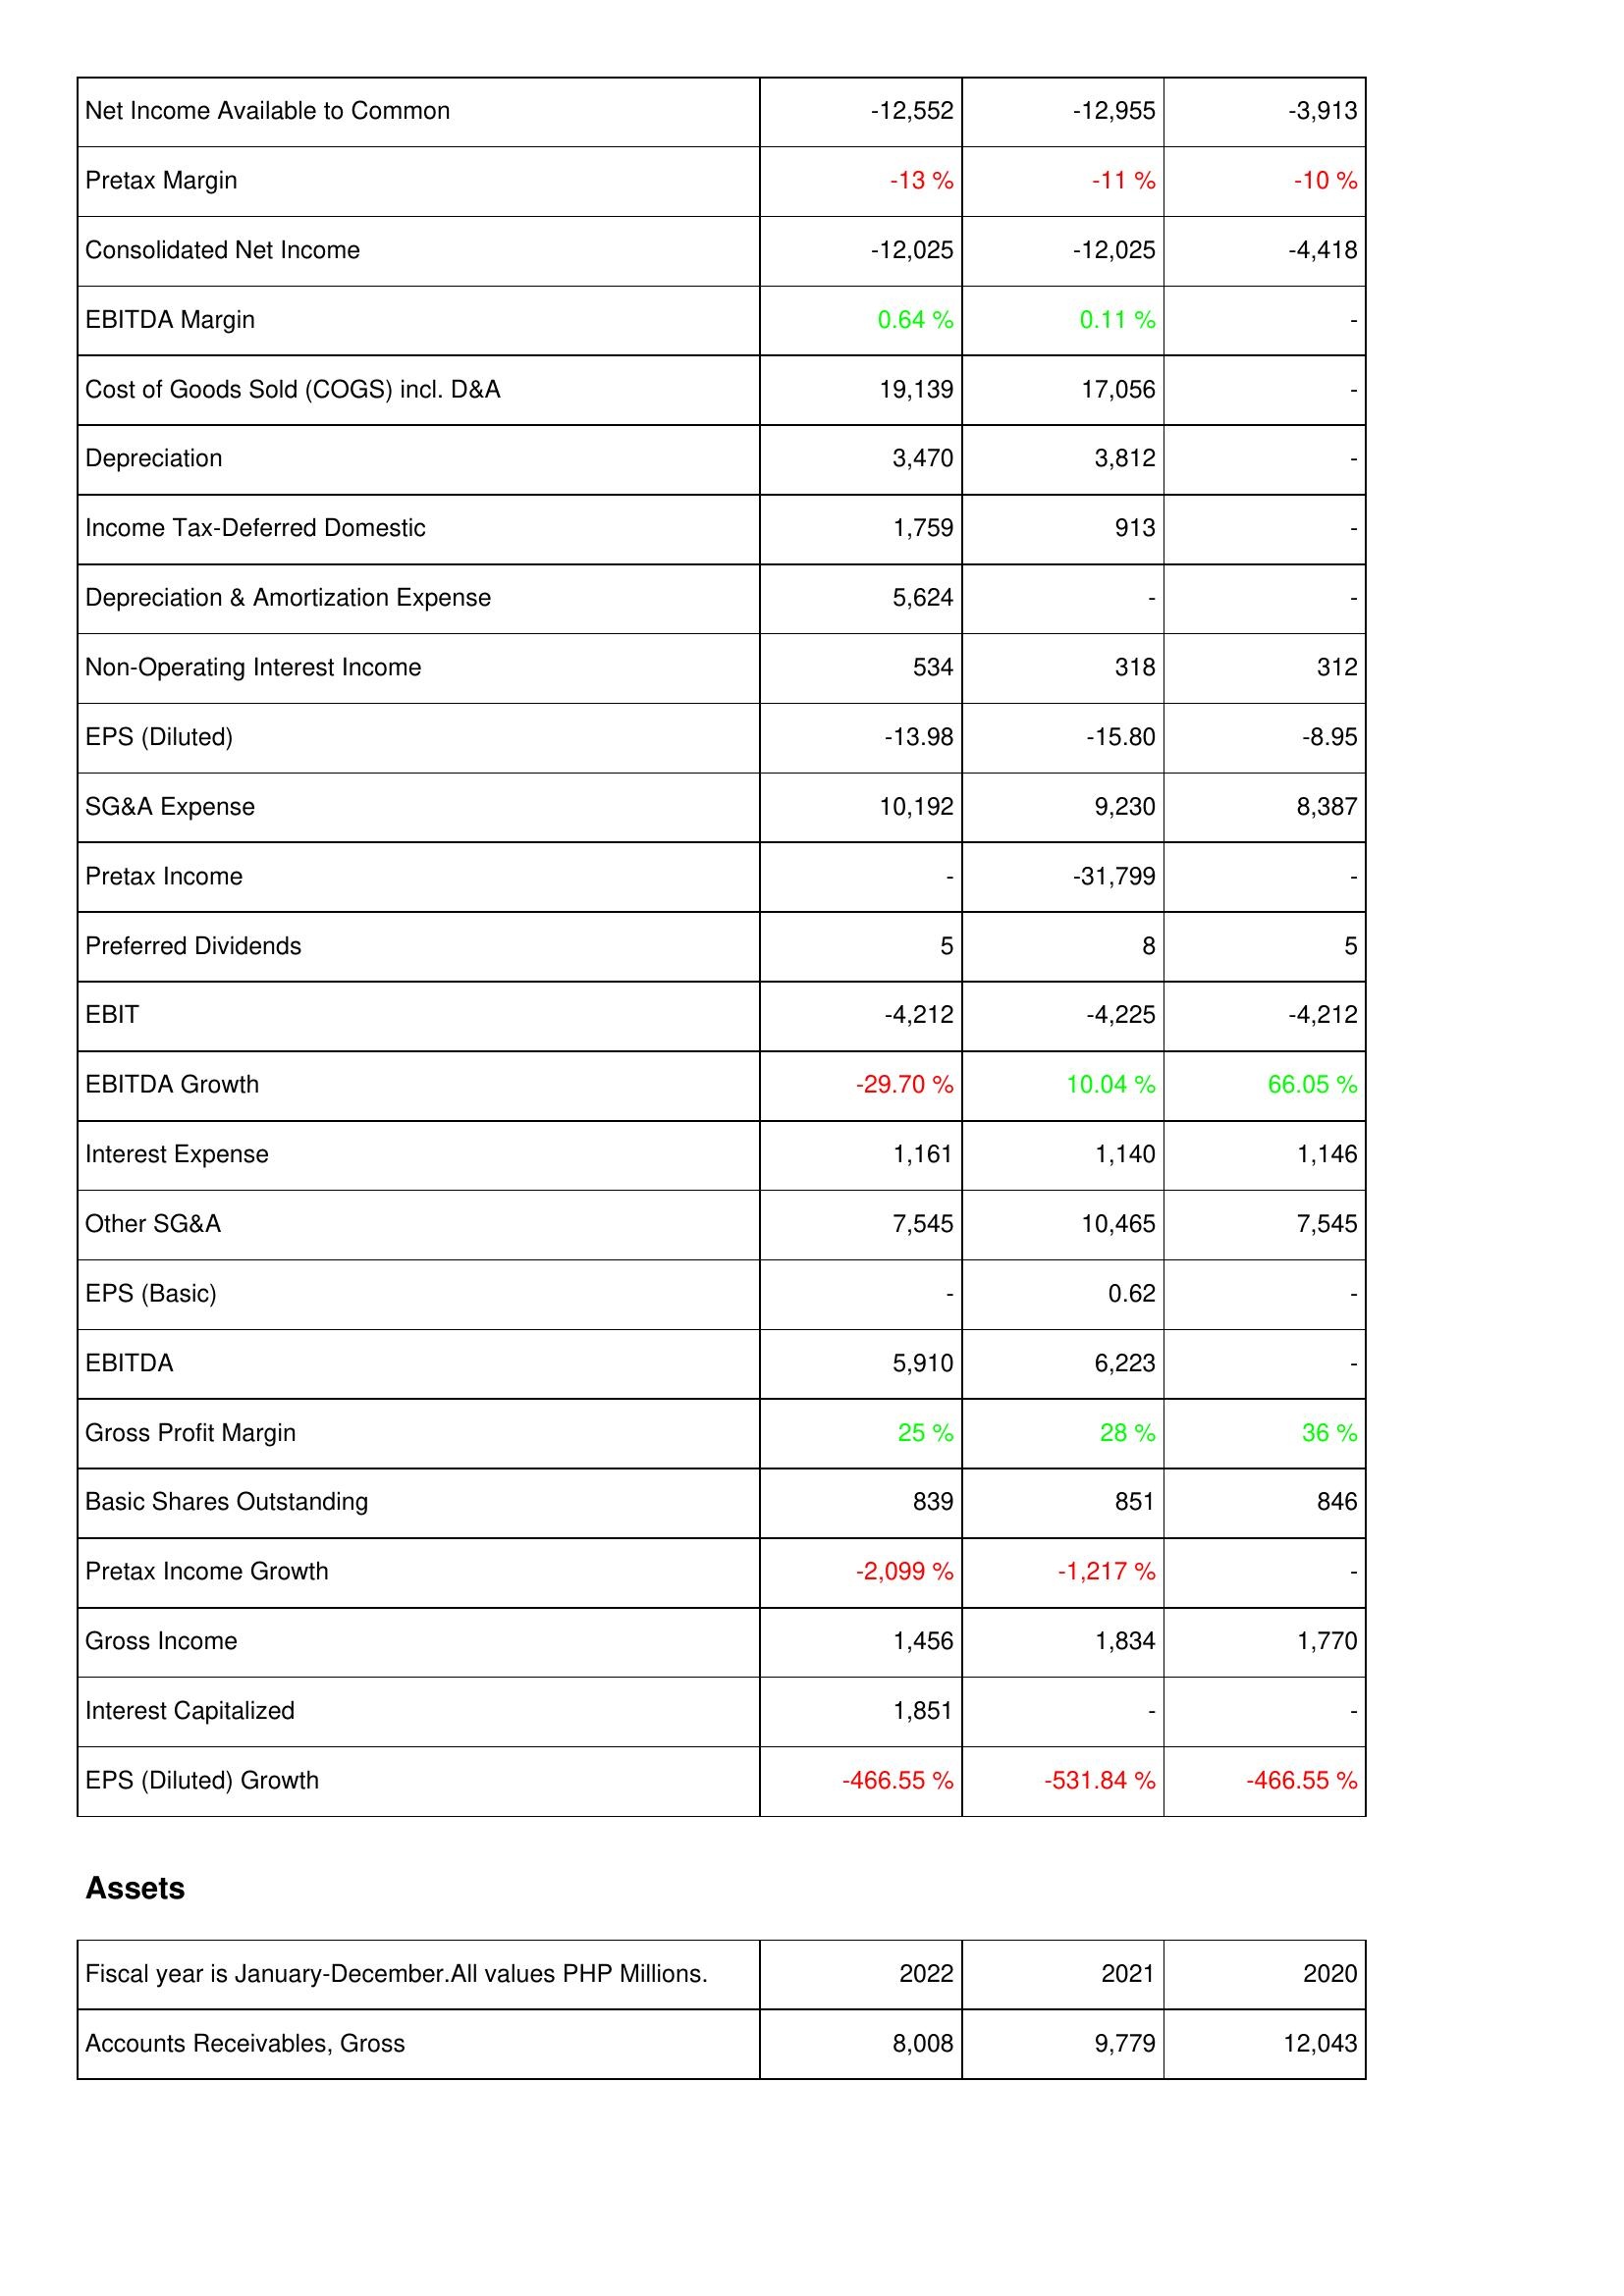
2022: Income Statement: Net Income Available to Common: -12,552
Pretax Margin: -13 %
Consolidated Net Income: -12,025
EBITDA Margin: 0.64 %
Cost of Goods Sold (COGS) incl. D&A: 19,139
Depreciation: 3,470
Income Tax-Deferred Domestic: 1,759
Depreciation & Amortization Expense: 5,624
Non-Operating Interest Income: 534
EPS (Diluted): -13.98
SG&A Expense: 10,192
Pretax Income: -
Preferred Dividends: 5
EBIT: -4,212
EBITDA Growth: -29.70 %
Interest Expense: 1,161
Other SG&A: 7,545
EPS (Basic): -
EBITDA: 5,910
Gross Profit Margin: 25 %
Basic Shares Outstanding: 839
Pretax Income Growth: -2,099 %
Gross Income: 1,456
Interest Capitalized: 1,851
EPS (Diluted) Growth: -466.55 %
Assets: Accounts Receivables, Gross: 8,008
2021: Income Statement: Net Income Available to Common: -12,955
Pretax Margin: -11 %
Consolidated Net Income: -12,025
EBITDA Margin: 0.11 %
Cost of Goods Sold (COGS) incl. D&A: 17,056
Depreciation: 3,812
Income Tax-Deferred Domestic: 913
Depreciation & Amortization Expense: -
Non-Operating Interest Income: 318
EPS (Diluted): -15.80
SG&A Expense: 9,230
Pretax Income: -31,799
Preferred Dividends: 8
EBIT: -4,225
EBITDA Growth: 10.04 %
Interest Expense: 1,140
Other SG&A: 10,465
EPS (Basic): 0.62
EBITDA: 6,223
Gross Profit Margin: 28 %
Basic Shares Outstanding: 851
Pretax Income Growth: -1,217 %
Gross Income: 1,834
Interest Capitalized: -
EPS (Diluted) Growth: -531.84 %
Assets: Accounts Receivables, Gross: 9,779
2020: Income Statement: Net Income Available to Common: -3,913
Pretax Margin: -10 %
Consolidated Net Income: -4,418
EBITDA Margin: -
Cost of Goods Sold (COGS) incl. D&A: -
Depreciation: -
Income Tax-Deferred Domestic: -
Depreciation & Amortization Expense: -
Non-Operating Interest Income: 312
EPS (Diluted): -8.95
SG&A Expense: 8,387
Pretax Income: -
Preferred Dividends: 5
EBIT: -4,212
EBITDA Growth: 66.05 %
Interest Expense: 1,146
Other SG&A: 7,545
EPS (Basic): -
EBITDA: -
Gross Profit Margin: 36 %
Basic Shares Outstanding: 846
Pretax Income Growth: -
Gross Income: 1,770
Interest Capitalized: -
EPS (Diluted) Growth: -466.55 %
Assets: Accounts Receivables, Gross: 12,043